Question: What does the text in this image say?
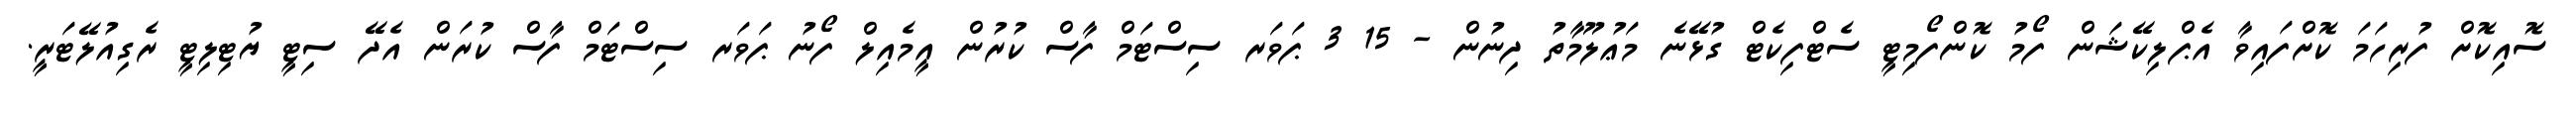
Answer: ސޮއިކޮށް ފުރިހަމަ ކޮށްފައިވާ އެޕްލިކޭޝަން ފޯމު ކޮންފޯމިޓީ ސެޓްފިކެޓް ގުޅޭނެ މަޢުލޫމާތު ދިނުން - 15 3 ޕަވަރ ސިސްޓަމް ފާސް ކުރުން އީމެއިލް ފޯނު ޕަވަރ ސިސްޓަމް ފާސް ކުރަން އެދޭ ސިޓީ ޔުޓިލިޓީ ރެގިއުލޭޓަރީ.